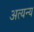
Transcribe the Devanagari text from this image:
अत्यन्य